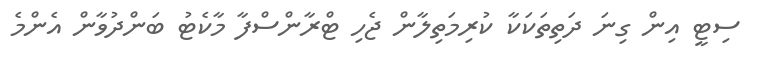
ސިޓީ އިން ގިނަ ދަތިތަކަކާ ކުރިމަތިލާން ޖެހި ޓްރާންސްފާ މާކެޓު ބަންދުވާން އެންމެ